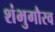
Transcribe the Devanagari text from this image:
शंभुगौरव